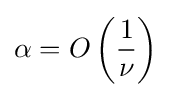
\alpha =O\left({\frac {1}{\nu }}\right)